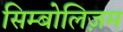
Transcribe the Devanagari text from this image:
सिम्बोलिज़म